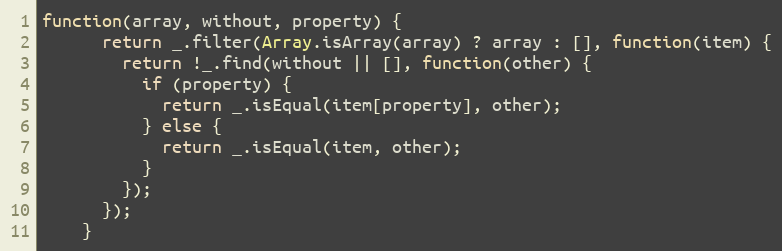
Language: JavaScript
function(array, without, property) {
      return _.filter(Array.isArray(array) ? array : [], function(item) {
        return !_.find(without || [], function(other) {
          if (property) {
            return _.isEqual(item[property], other);
          } else {
            return _.isEqual(item, other);
          }
        });
      });
    }